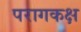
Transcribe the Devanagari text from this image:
परागकक्ष